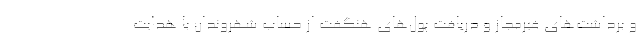
و برداشت‌های غیرمجاز و دریافت پول‌های هنگفت از حساب شهروندان با هدایت